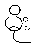
မိုး